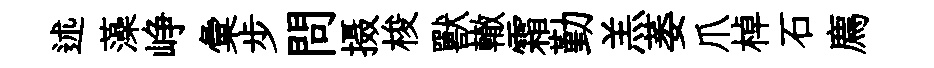
述藻峥彙步問摄梭獸轍霜勤羔萎爪棹石廌